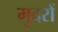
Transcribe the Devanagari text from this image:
मुदरों